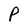
Character: P